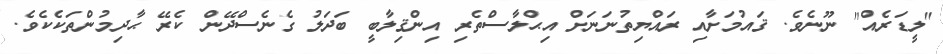
"ލީޑަރެއް" ނޫނެވެ. ޤައުމަށާއި ރައްޔިތުނަނަށް އިޙްލާސްތެރި އިންޤިލާބީ ބަދަލު ގެނެސްދޭން ކެރޭ ޙާދިމުންތަކެކެވެ.